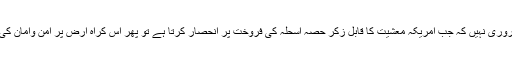
یہ جاننے کے لیے سقراط ہونا ضروری نہیں کہ جب امریکہ معشیت کا قابل زکر حصہ اسحلہ کی فروخت پر انحصار کرتا ہے تو پھر اس کراہ ارض پر امن وامان کی بحالی کیونکر ممکن ہوسکے گی۔